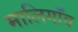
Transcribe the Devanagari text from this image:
मालिगाँव